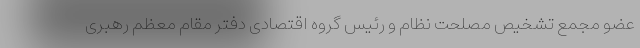
عضو مجمع تشخیص مصلحت نظام و رئیس گروه اقتصادی دفتر مقام معظم رهبری